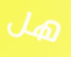
هل